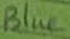
Text: Blue